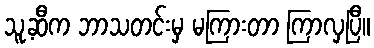
သူ့ဆီက ဘာသတင်းမှ မကြားတာ ကြာလှပြီ။